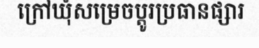
ក្រៅឃុំសម្រេចប្តូរប្រធានផ្សារ